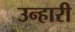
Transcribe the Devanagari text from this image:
उन्हारी